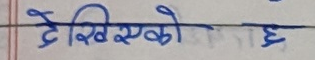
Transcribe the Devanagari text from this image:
देखिएको छ